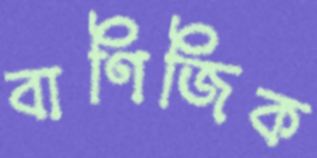
বাণিজিক